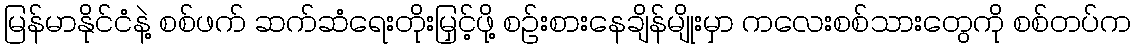
မြန်မာနိုင်ငံနဲ့ စစ်ဖက် ဆက်ဆံရေးတိုးမြှင့်ဖို့ စဉ်းစားနေချိန်မျိုးမှာ ကလေးစစ်သားတွေကို စစ်တပ်က